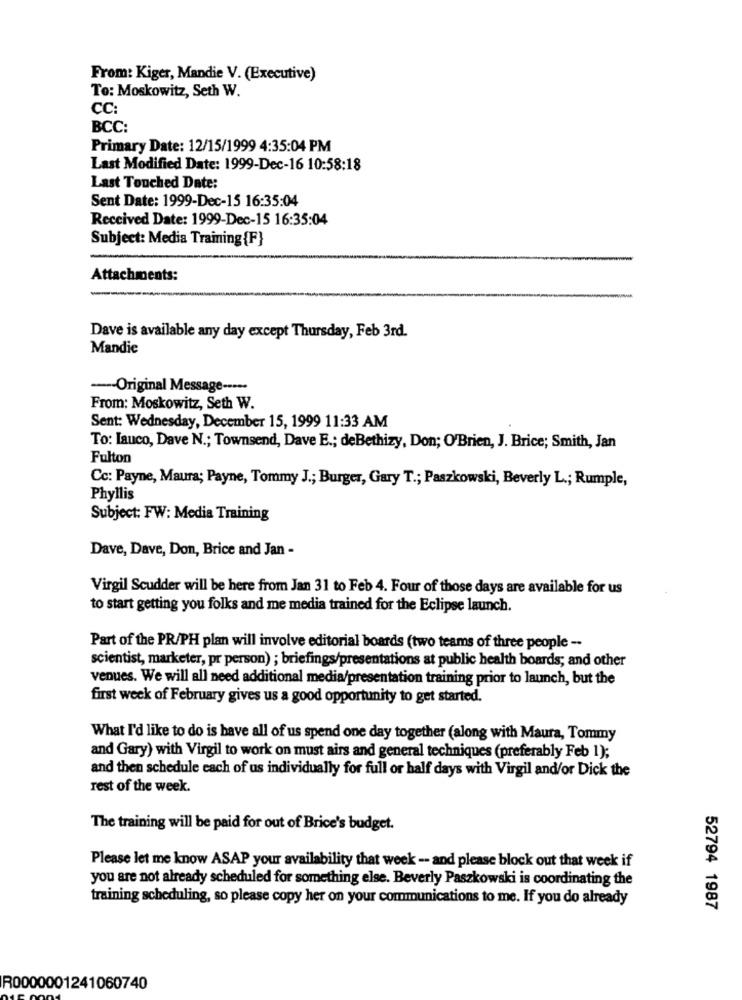
From: Kiger, Mandie V. (Executive)
To: Moskowitz, Seth W.
CC:
BCC:
Primary Date: 12/15/1999 4:35:04 PM
Last Modified Date: 1999-Dec-16 10:58:18
Last Touched Date:
Sent Date: 1999-Dec-15 16:35:04
Received Date: 1999-Dec-15 16:35:04
Subject: Media Training {F}
Attachments:
Dave is available any day except Thursday, Feb 3rd.
Mandie
-- Original Message -····
From: Moskowitz, Seth W.
Sent: Wednesday, December 15, 1999 11:33 AM
To: Iauco, Dave N .; Townsend, Dave E .; deBethizy, Don; O'Brien, J. Brice; Smith, Jan
Fulton
Cc: Payne, Maura; Payne, Tommy J .; Burger, Gary T .; Paszkowski, Beverly L .; Rumple,
Phyllis
Subject: FW: Media Training
Dave, Dave, Don, Brice and Jan -
Virgil Scudder will be here from Jan 31 to Feb 4. Four of those days are available for us
to start getting you folks and me media trained for the Eclipse launch.
Part of the PR/PH plan will involve editorial boards (two teams of three people --
scientist, marketer, pr person) ; briefings/presentations at public health boards; and other
venues. We will all need additional media/presentation training prior to launch, but the
first week of February gives us a good opportunity to get started.
What I'd like to do is have all of us spend one day together (along with Maura, Tommy
and Gary) with Virgil to work on must airs and general techniques (preferably Feb 1);
and then schedule each of us individually for full or half days with Virgil and/or Dick the
rest of the week.
The training will be paid for out of Brice's budget.
Please let me know ASAP your availability that week -- and please block out that week if
you are not already scheduled for something else. Beverly Paszkowski is coordinating the
training scheduling, so please copy her on your communications to me. If you do already
52794 1987
R0000001241060740